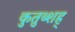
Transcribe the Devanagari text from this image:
कुतुब्शह्